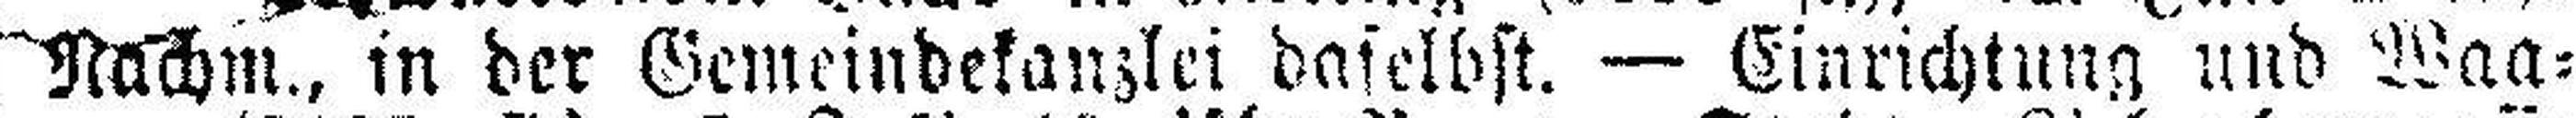
Nachm., in der Gemeindekanzlei daselbst. — Einrichtung und Waa¬